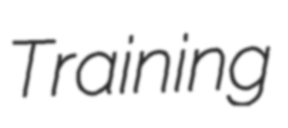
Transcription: Training